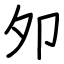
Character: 夘